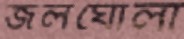
জলঘোলা